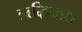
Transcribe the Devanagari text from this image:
ऋद्धिनाथ